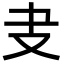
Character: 叏